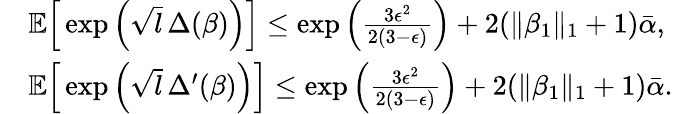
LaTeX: \begin{array}{rl}&{\mathbb{E}\Big[\exp\Big(\sqrt{l}\, \Delta(\beta)\Big)\Big]\leq\exp\Big(\frac{3\epsilon^{2}}{2(3-\epsilon)}\Big)+2(\| \beta_{1}\| _{1}+1)\bar{\alpha},}\\ &{\mathbb{E}\Big[\exp\Big(\sqrt{l}\, \Delta^{\prime}(\beta)\Big)\Big]\leq\exp\Big(\frac{3\epsilon^{2}}{2(3-\epsilon)}\Big)+2(\| \beta_{1}\| _{1}+1)\bar{\alpha}.}\end{array}